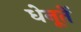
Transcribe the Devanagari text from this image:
धेनूतें